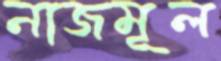
নাজমূল